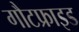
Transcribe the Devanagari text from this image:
गौटफ्राइड